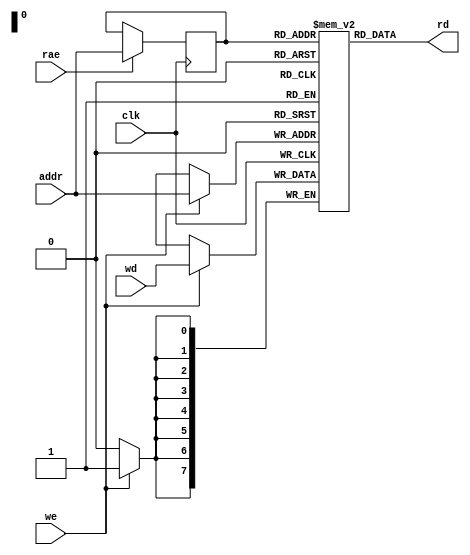
// expect-wr-ports 1
// expect-rd-ports 1
// expect-rd-clk \clk

module top(input clk, we, rae, input [7:0] addr, wd, output [7:0] rd);

reg [7:0] mem[0:255];

reg [7:0] rra;

always @(posedge clk) begin
	if (we)
		mem[addr] <= wd;

	if (rae)
		rra <= addr;
end

assign rd = mem[rra];

endmodule